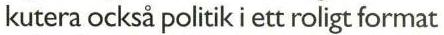
kutera också politik i ett roligt format